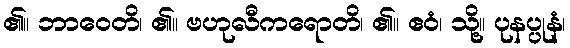
၏။ ဘာဝေတိ၊ ၏။ ဗဟုလီကရောတိ၊ ၏။ ဧဝံ၊ သို့။ ပုနပ္ပုနံ၊